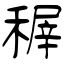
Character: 稺